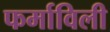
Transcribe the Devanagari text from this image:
फर्माविली